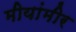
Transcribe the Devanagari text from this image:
मीयांमीर